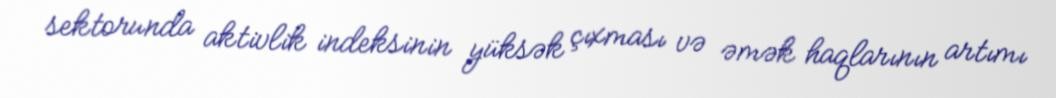
sektorunda aktivlik indeksinin yüksək çıxması və əmək haqlarının artımı